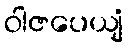
ဝါဇပေယျံ